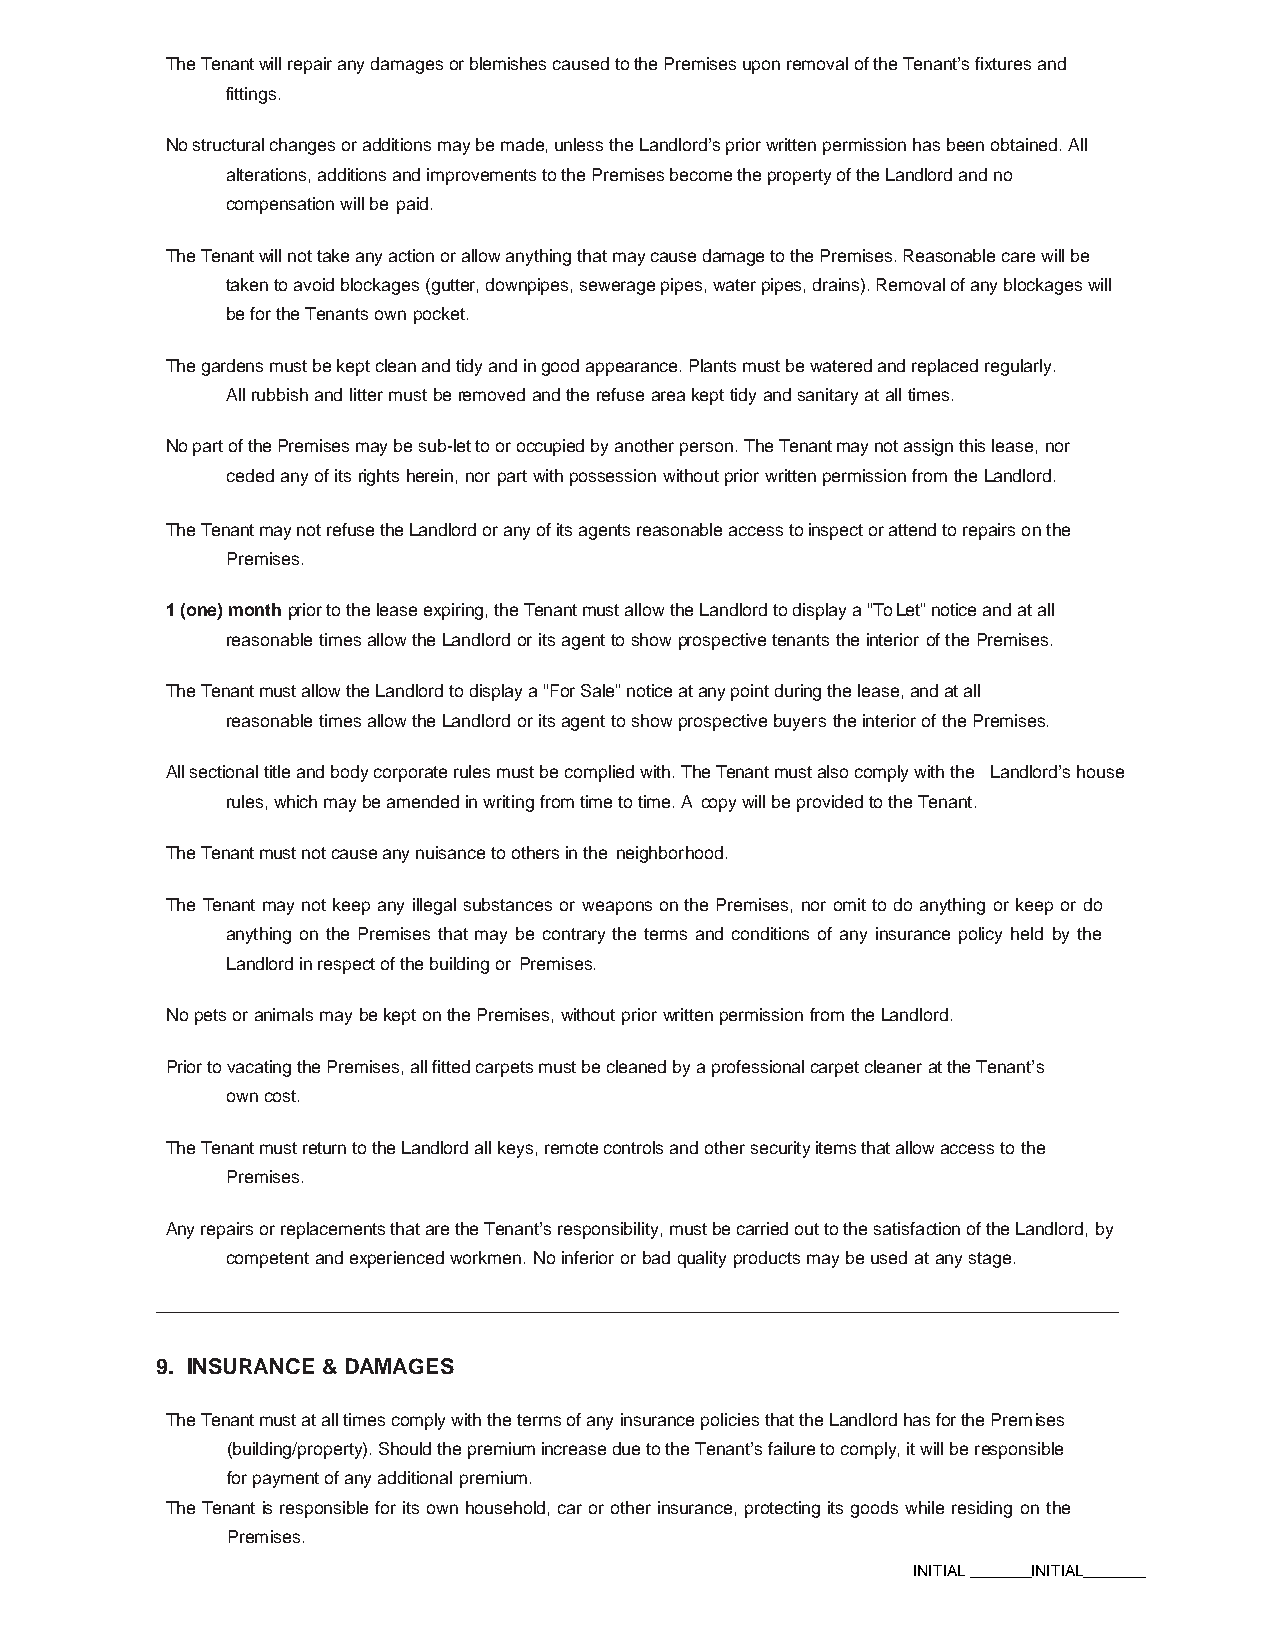
The Tenant will repair any damages or blemishes caused to the Premises upon removal of the Tenant’s fixtures and
 fittings.
 No structural changes or additions may be made, unless the Landlord’s prior written permission has been obtained. All
 alterations, additions and improvements to the Premises become the property of the Landlord and no
 compensation will be paid.
 The Tenant will not take any action or allow anything that may cause damage to the Premises. Reasonable care will be
 taken to avoid blockages (gutter, downpipes, sewerage pipes, water pipes, drains). Removal of any blockages will
 be for the Tenants own pocket.
 The gardens must be kept clean and tidy and in good appearance. Plants must be watered and replaced regularly.
 All rubbish and litter must be removed and the refuse area kept tidy and sanitary at all times.
 No part of the Premises may be sub-let to or occupied by another person. The Tenant may not assign this lease, nor
 ceded any of its rights herein, nor part with possession without prior written permission from the Landlord.
 The Tenant may not refuse the Landlord or any of its agents reasonable access to inspect or attend to repairs on the
 Premises.
 1 (one) month prior to the lease expiring, the Tenant must allow the Landlord to display a “To Let” notice and at all
 reasonable times allow the Landlord or its agent to show prospective tenants the interior of the Premises.
 The Tenant must allow the Landlord to display a “For Sale” notice at any point during the lease, and at all
 reasonable times allow the Landlord or its agent to show prospective buyers the interior of the Premises.
 All sectional title and body corporate rules must be complied with. The Tenant must also comply with the Landlord’s house
 rules, which may be amended in writing from time to time. A copy will be provided to the Tenant.
 The Tenant must not cause any nuisance to others in the neighborhood.
 The Tenant may not keep any illegal substances or weapons on the Premises, nor omit to do anything or keep or do
 anything on the Premises that may be contrary the terms and conditions of any insurance policy held by the
 Landlord in respect of the building or Premises.
 No pets or animals may be kept on the Premises, without prior written permission from the Landlord.
 Prior to vacating the Premises, all fitted carpets must be cleaned by a professional carpet cleaner at the Tenant’s
 own cost.
 The Tenant must return to the Landlord all keys, remote controls and other security items that allow access to the
 Premises.
 Any repairs or replacements that are the Tenant’s responsibility, must be carried out to the satisfaction of the Landlord, by
 competent and experienced workmen. No inferior or bad quality products may be used at any stage.
 9. INSURANCE & DAMAGES
 The Tenant must at all times comply with the terms of any insurance policies that the Landlord has for the Premises
 (building/property). Should the premium increase due to the Tenant’s failure to comply, it will be responsible
 for payment of any additional premium.
 The Tenant is responsible for its own household, car or other insurance, protecting its goods while residing on the
 Premises.
 INITIAL _______INITIAL_______